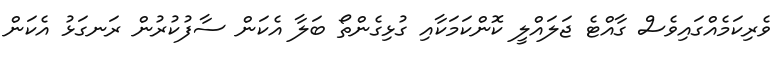
ވެރިކަމެއްގައިވެސް ގާއްޓެ ޖަލައްލީ ކޮންކަމަކާއި ގުޅިގެންތޯ ބަލާ އެކަން ސާފުކުރުން ރަނގަޅު އެކަން